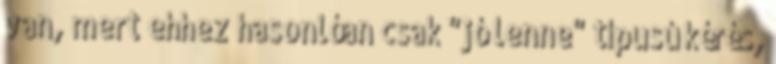
van, mert ehhez hasonlóan csak "jó lenne" típusú kérés,